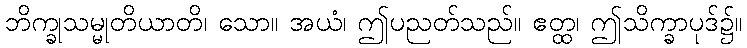
ဘိက္ခုသမ္မုတိယာတိ၊ သော။ အယံ၊ ဤပညတ်သည်။ ဧတ္ထ၊ ဤသိက္ခာပုဒ်၌။